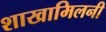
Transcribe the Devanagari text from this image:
शाखामिलनी